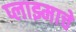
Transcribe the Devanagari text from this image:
प्लाझ्माचे